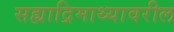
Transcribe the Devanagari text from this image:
सह्याद्रिमाथ्यावरील